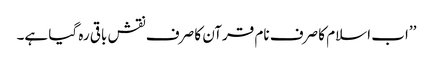
’’اب اسلام کا صرف نام قرآن کا صرف نقش باقی رہ گیا ہے۔